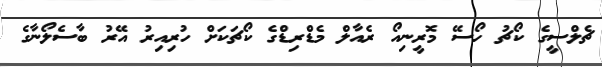
ޗެލްސީގެ ކޯޗު ހޯސޭ މޮރީނިއޯ ރެއާލް މެޑްރިޑްގެ ކޯޗަކަށް ހުރިއިރު އޭރު ބާސެލޯނާގެ